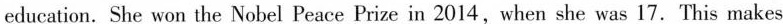
education. She won the Nobel Peace Prize in 2014,when she was 17. This makes